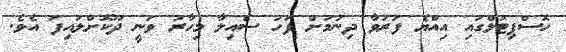
ހޮސްޕިޓަލްގައި އިއްޔެ ފަރުވާ ދިނުމަށް ފަހު ސެއިލާ މިހާރު ވަނީ ދޫކޮށްލައިފަ އެވެ.